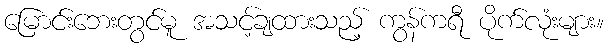
မြောင်းဘေးတွင်မူ အသင့်ချထားသည့် ကွန်ကရီ ပိုက်လုံးများ။